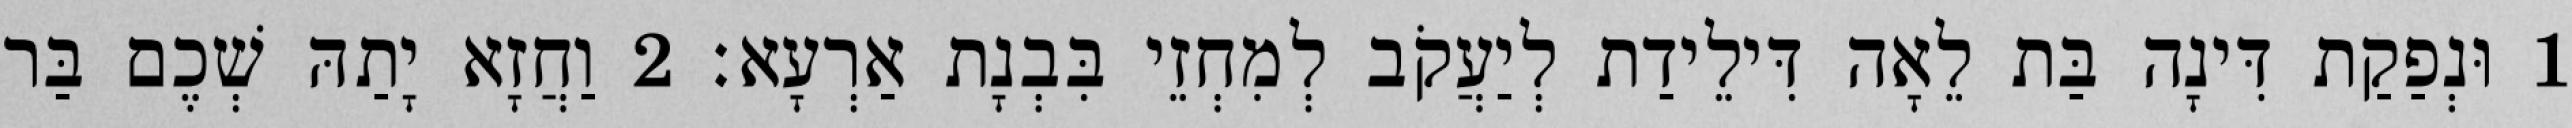
1 וּנְפַקַת דִּינָה בַּת לֵאָה דִּילֵידַת לְיַעֲקֹב לְמִחְזֵי בִּבְנָת אַרְעָא׃ 2 וַחֲזָא יָתַהּ שְׁכֶם בַּר